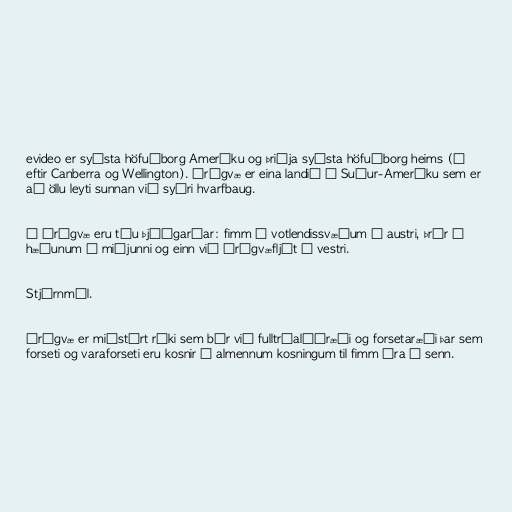
evideo er syðsta höfuðborg Ameríku og þriðja syðsta höfuðborg heims (á
eftir Canberra og Wellington). Úrúgvæ er eina landið í Suður-Ameríku sem er
að öllu leyti sunnan við syðri hvarfbaug.

Í Úrúgvæ eru tíu þjóðgarðar: fimm á votlendissvæðum í austri, þrír í
hæðunum í miðjunni og einn við Úrúgvæfljót í vestri.

Stjórnmál.

Úrúgvæ er miðstýrt ríki sem býr við fulltrúalýðræði og forsetaræði þar sem
forseti og varaforseti eru kosnir í almennum kosningum til fimm ára í senn.